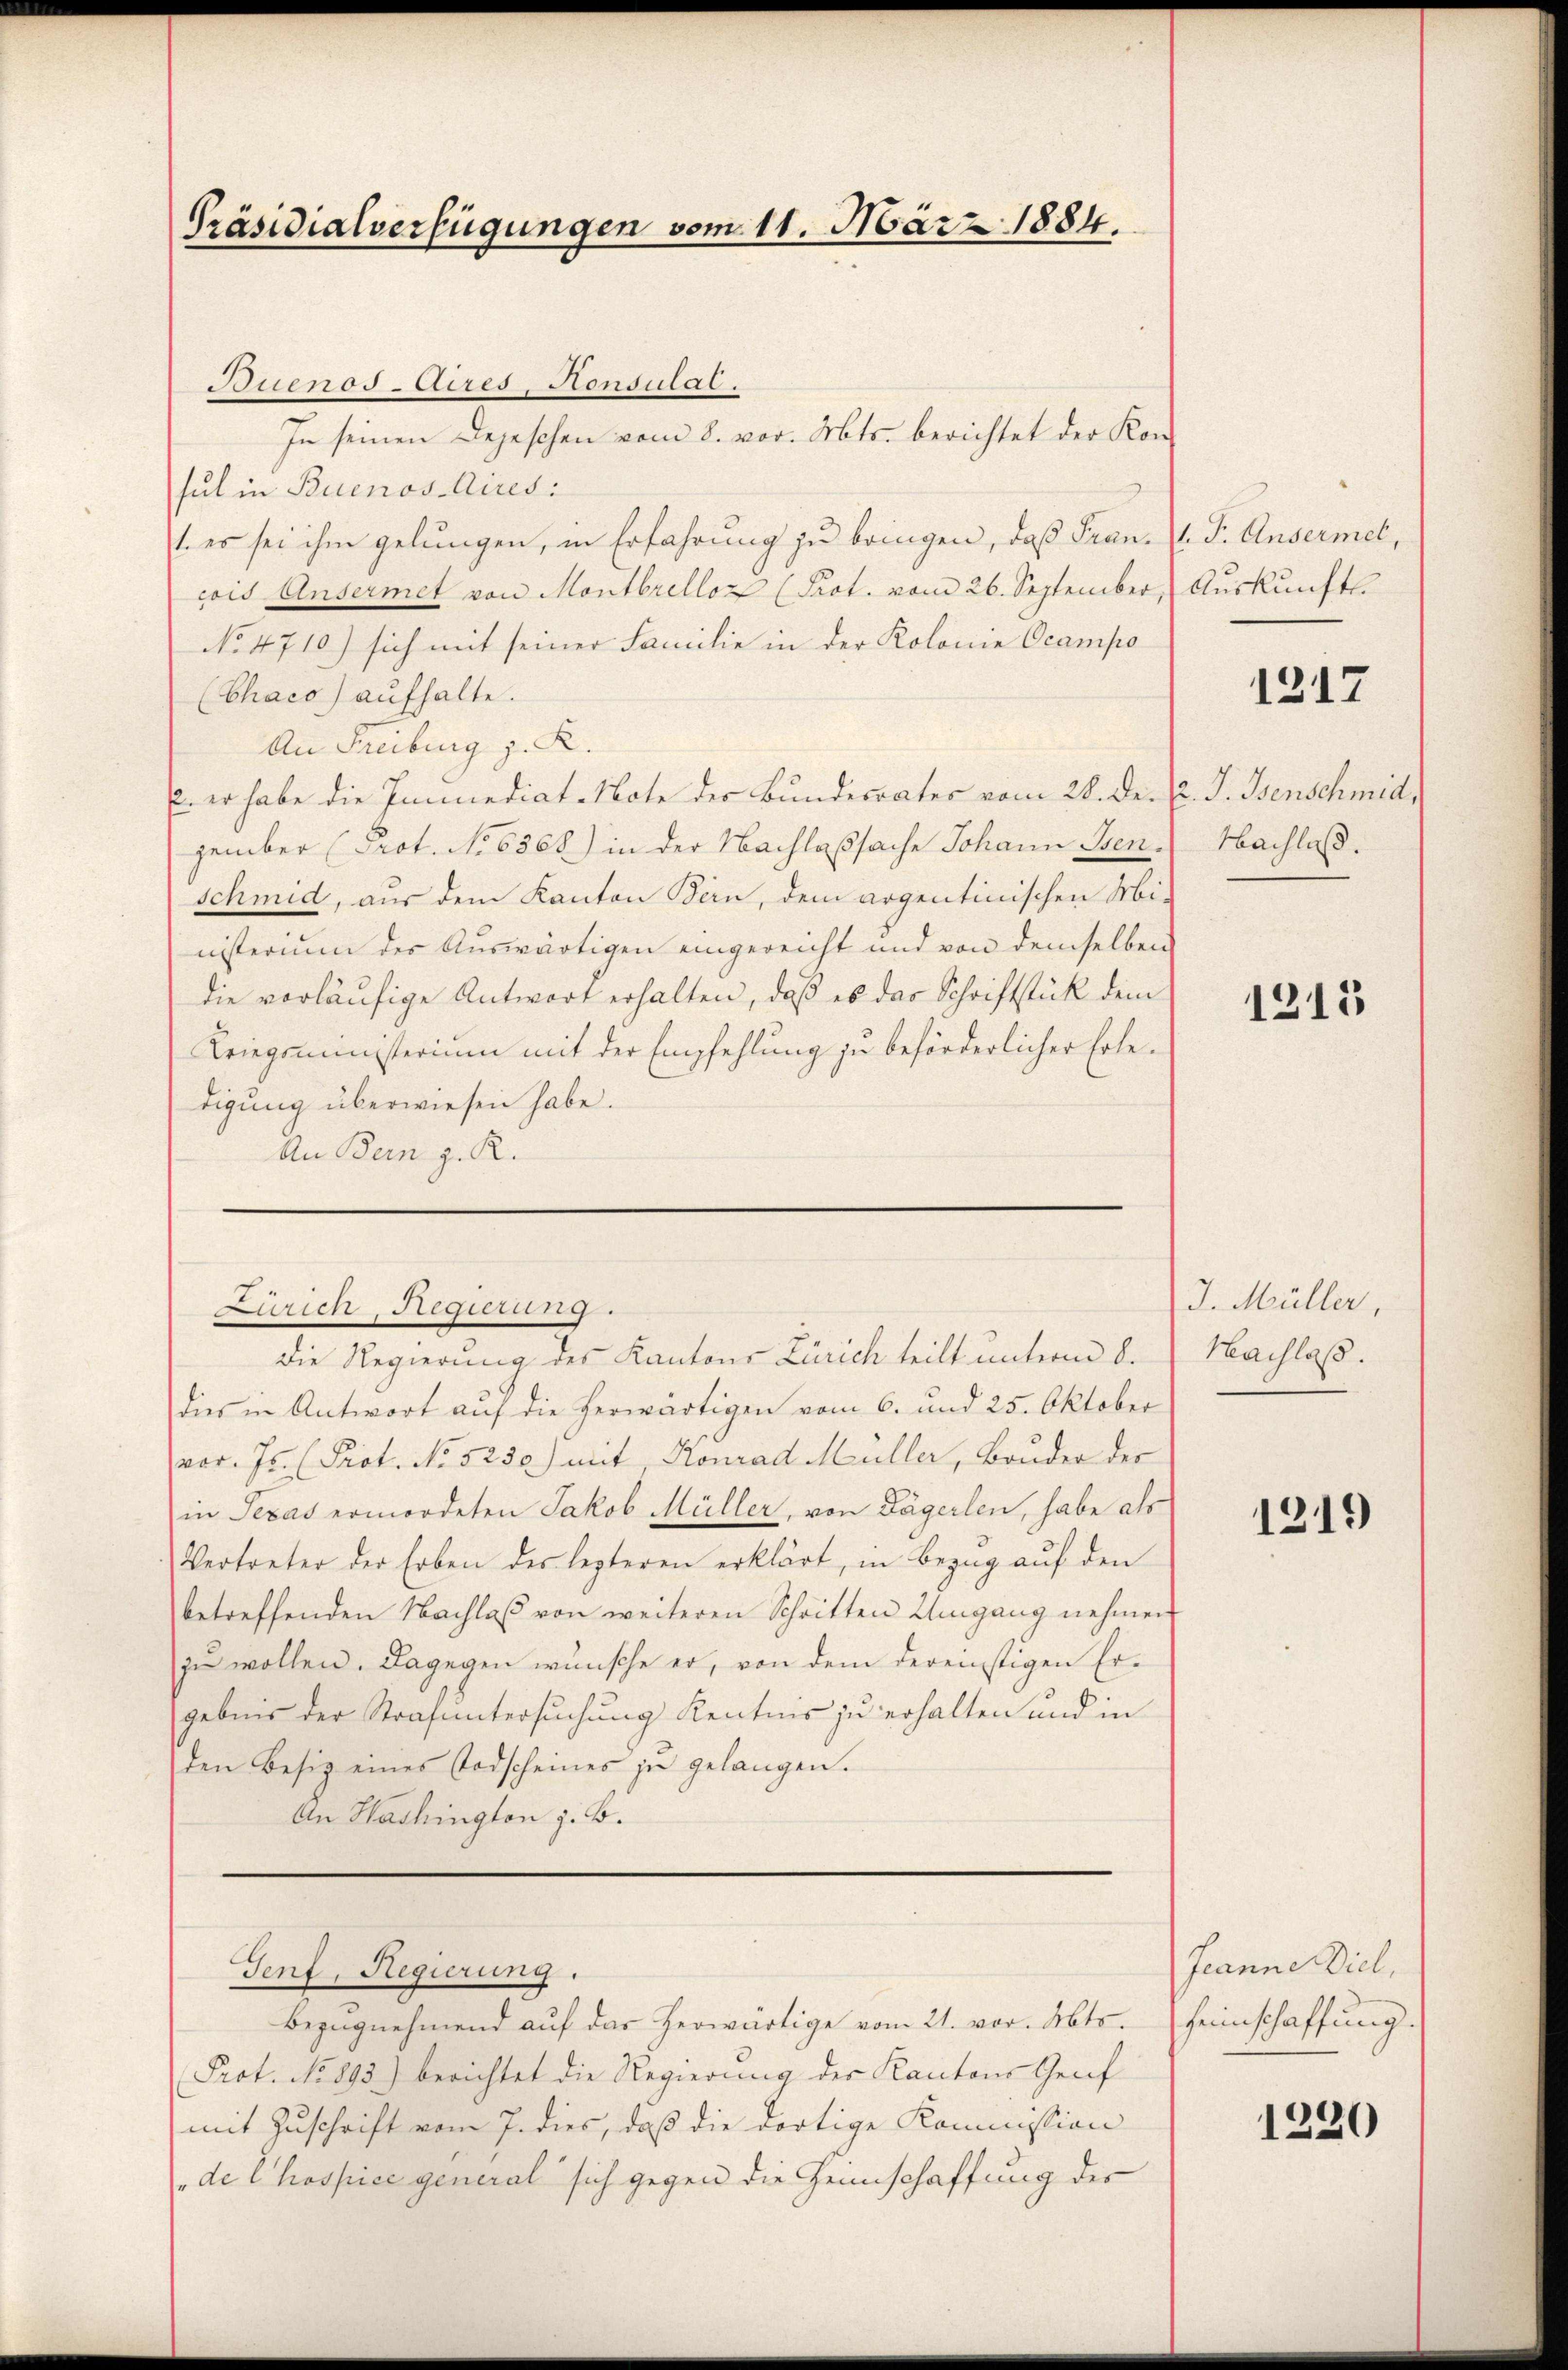
Präsidialverfügungen vom 11. März 1884.

Buenos-Aires-Honsulat.
In seinen Depeschen vom 8. vor. Mts. berichtet der Kon-
sul in Buenos-Aires:
1. es sei ihm gelungen, in Erfahrung zu bringen, daß Francois Ansermet von Montbrelloz (Prot. vom 26. September,
No 4710) sich mit seiner Familie in der Kolonie Ocampo
(Chaco) aufhalte.
An Freiburg z. R.
s er habe die Immediat-Note der Bundesrates vom 28. Dr. v. J. Menschmid,
zember (Prot. No 6368) in der Nachlaßsache Johann Sten.
schmid, aus dem Kanton Bern, dem argentinischen Mi-
nisterium des Auswärtigen eingereicht und von demselben
die vorläufige Antwort erhalten, daß es das Schriftstück dem
Kriegsministerium mit der Empfehlung zu beförderlicher Erledigung überwiesen habe.
An Bern z. R.
Zürich, Regierung.
Die Regierung des Kantons Zürich teilt unterm 8.
dies in Antwort auf die herwärtigen vom 6. und 25. Oktober
vor. Js. (Prot. No 5250) mit, Konrad Müller, Bruder des
in Texas ermordeten Jakob Müller, von Dägerlen, habe als
Vertreter der Erben des lezteren erklärt, in Bezug auf den
betreffenden Nachlaβ von weiteren Schritten Umgang nehmen
zu wollen. Dagegen wünsche er, von dem dereinstigen Ergebnis der Strafuntersuchung Kenntnis zu erhalten und in
den Besiz eines Todscheines zu gelangen.
An Washington z. B.
Genf, Regierung.
Bezŭgnehmend auf das herwärtige vom 21. vor. Mts.
Prot. No 893) berichtet die Regierung der Kantons Genf
mit Zuschrift vom 7. dies, daß die dortige Kommission
de Chospice general sich gegen die Heinschaffung des

. J. Ansermel,
Auskunfts

1217

Nachlaß.

1215

J. Müller,
Nachlaß.

1219

Jeanne Diel
Heinschaffung.

1220